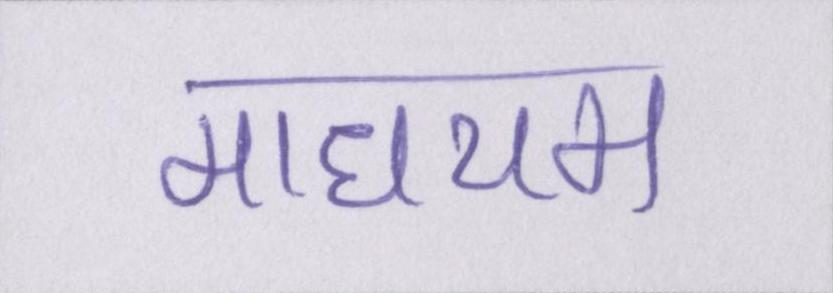
माधयम